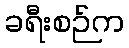
ခရီးစဉ်က